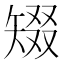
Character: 𥏞